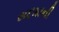
સદમાની